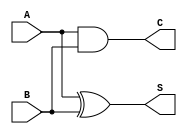
//Half Adder using Structural Level
//ha2.v

module ha2(A,B,S,C);
input A,B;
output S,C;
xor sum(S,A,B);
and carry(C,A,B);
endmodule